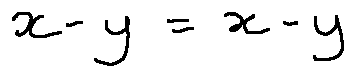
x - y = x - y